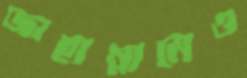
জাহান্নামেও